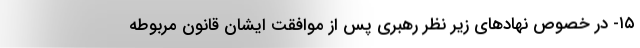
۱۵- در خصوص نهادهای زیر نظر رهبری پس از موافقت ایشان قانون مربوطه